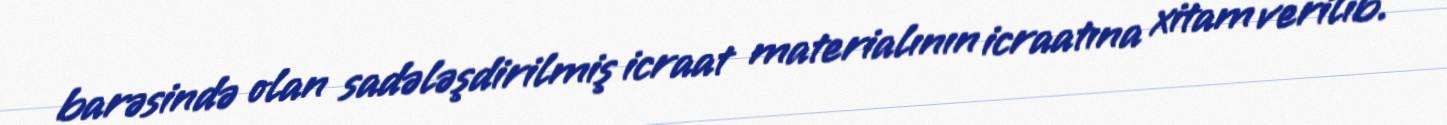
barəsində olan sadələşdirilmiş icraat materialının icraatına xitam verilib.